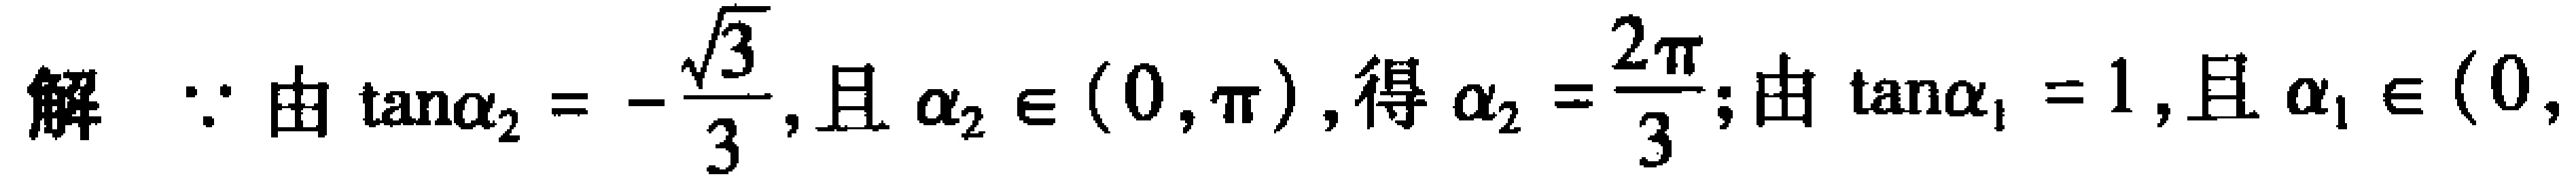
解 $\because$ 由 $\tan\alpha_{2}=-\frac{\sqrt{3}}{3}$, 且 $\alpha_{2} \in (0,\pi)$, 得 $\alpha_{2}=\frac{2\pi}{3}$; 由 $\tan\alpha_{1}=1$, 且 $\alpha_{1} \in (0,$